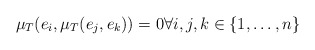
\begin{align*}\mu_T(e_i,\mu_T(e_j,e_k))=0 \forall i,j,k \in \{1,\ldots,n\}\end{align*}